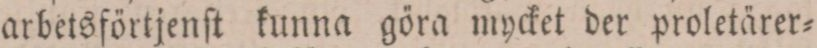
arbetsförtjenſt kunna göra mycket der proletärer=